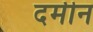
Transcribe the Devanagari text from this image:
दमीन